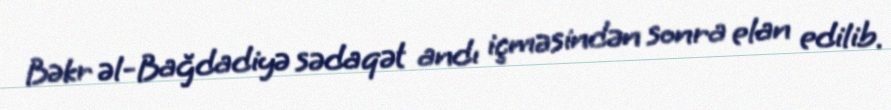
Bəkr əl-Bağdadiyə sədaqət andı içməsindən sonra elan edilib.